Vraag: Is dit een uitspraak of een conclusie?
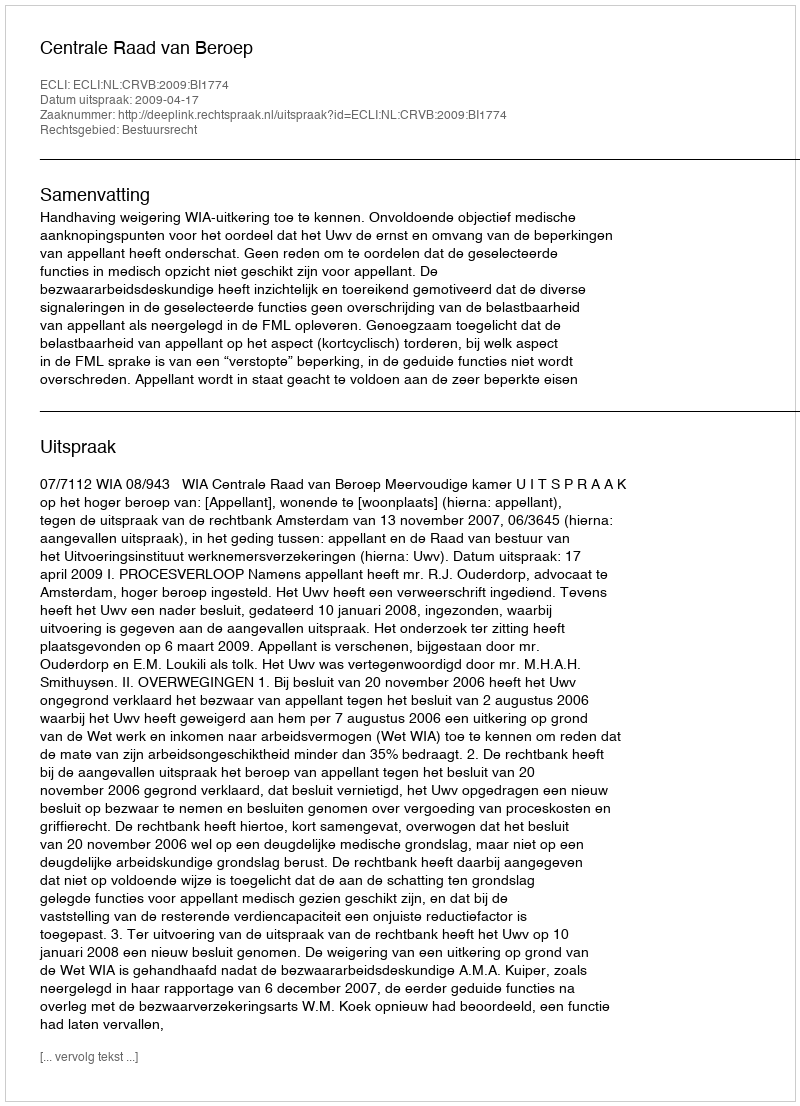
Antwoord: Uitspraak